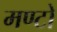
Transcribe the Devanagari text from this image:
मण्टो